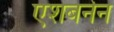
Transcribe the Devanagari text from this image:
एशबर्नन